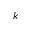
k